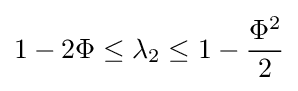
1-2\Phi \leq \lambda _{2}\leq 1-{\frac {\Phi ^{2}}{2}}